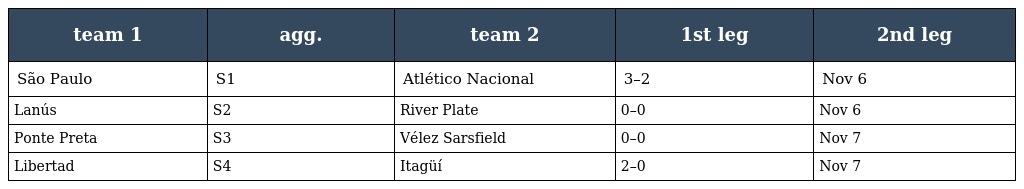
| team 1 | agg. | team 2 | 1st leg | 2nd leg |
 | --- | --- | --- | --- | --- |
 | São Paulo | S1 | Atlético Nacional | 3–2 | Nov 6 |
 | Lanús | S2 | River Plate | 0–0 | Nov 6 |
 | Ponte Preta | S3 | Vélez Sarsfield | 0–0 | Nov 7 |
 | Libertad | S4 | Itagüí | 2–0 | Nov 7 |